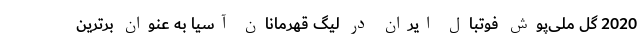
2020 گل ملی‌پوش فوتبال ایران در لیگ قهرمانان آسیا به عنوان برترین